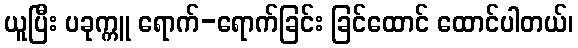
ယူပြီး ပခုက္ကူ ရောက်-ရောက်ခြင်း ခြင်ထောင် ထောင်ပါတယ်၊